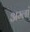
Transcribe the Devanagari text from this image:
अम्लां